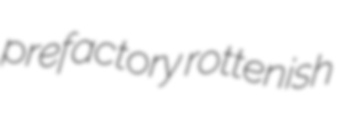
prefactory rottenish